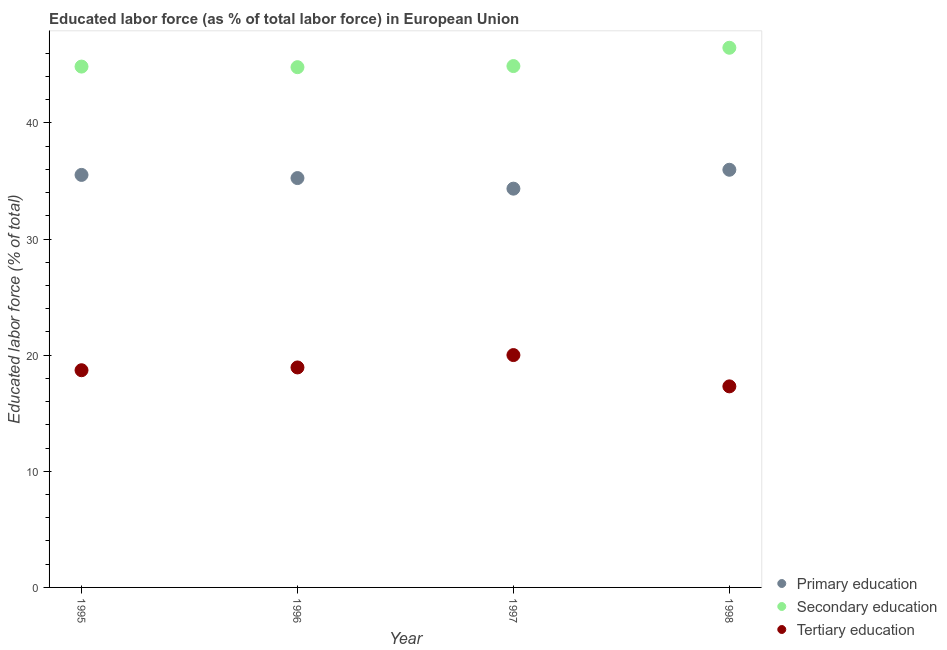
| Year | Primary education | Secondary education | Tertiary education |
 | --- | --- | --- | --- |
 | 1995 | 35.5 | 44.9 | 18.7 |
 | 1996 | 35.3 | 44.8 | 18.9 |
 | 1997 | 34.3 | 44.9 | 20 |
 | 1998 | 36 | 46.5 | 17.3 |